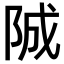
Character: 𨹚